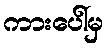
ကားပေါ်မှ